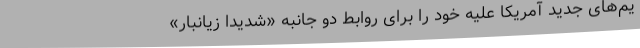
یم‌های جدید آمریکا علیه خود را برای روابط دو جانبه «شدیدا زیانبار»